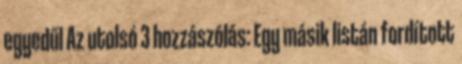
egyedűl Az utolsó 3 hozzászólás: Egy másik listán fordított